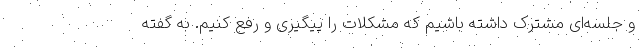
و جلسه‌ای مشترک داشته باشیم که مشکلات را پیگیری و رفع کنیم. به گفته